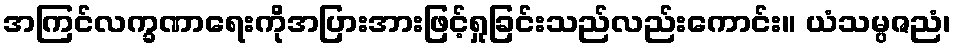
အကြင်လက္ခဏာရေးကိုအပြားအားဖြင့်ရှုခြင်းသည်လည်းကောင်း။ ယံသမ္ပဇညံ၊